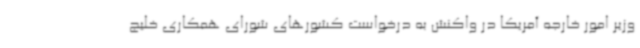
وزیر امور خارجه آمریکا در واکنش به درخواست کشورهای شورای همکاری خلیج